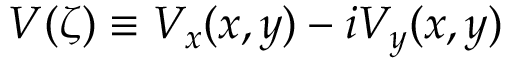
V ( \zeta ) \equiv V _ { x } ( x , y ) - i V _ { y } ( x , y )